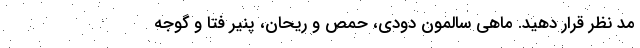
مد نظر قرار دهید. ماهی سالمون دودی، حمص و ریحان، پنیر فتا و گوجه